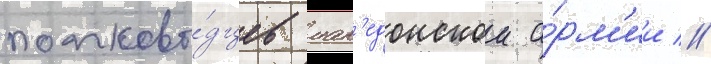
полково́дцев мак'едонскои а́рм'ии //